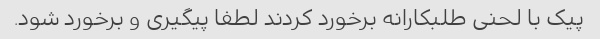
پیک با لحنی طلبکارانه برخورد کردند لطفا پیگیری و برخورد شود.